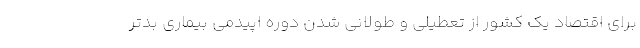
برای اقتصاد یک کشور از تعطیلی و طولانی شدن دوره اپیدمی بیماری بدتر